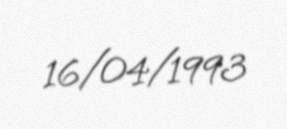
16/04/1993